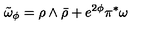
\tilde { \omega } _ { \phi } = \rho \wedge \bar { \rho } + e ^ { 2 \phi } \pi ^ { \ast } \omega